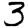
Digit: 3